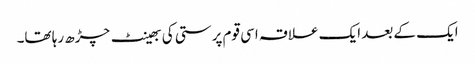
ایک کے بعد ایک علاقہ اسی قوم پرستی کی بھینٹ چڑھ رہا تھا۔